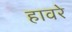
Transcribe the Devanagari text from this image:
हावरे